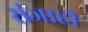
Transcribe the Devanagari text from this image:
संजाही